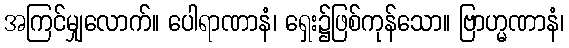
အကြင်မျှလောက်။ ပေါရာဏာနံ၊ ရှေး၌ဖြစ်ကုန်သော။ ဗြာဟ္မဏာနံ၊